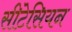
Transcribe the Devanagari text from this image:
सीटेसियन